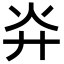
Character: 灷